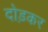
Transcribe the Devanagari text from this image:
दोड़कर